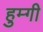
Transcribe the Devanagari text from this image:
हुम्गी